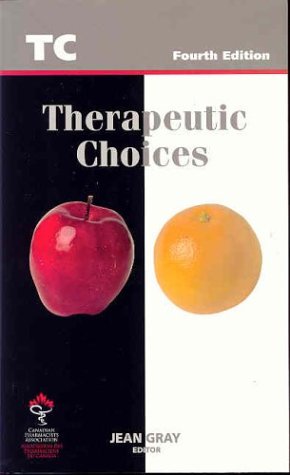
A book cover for Therapeutic Choices; Medical Books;